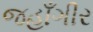
જહાઁગીર